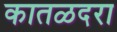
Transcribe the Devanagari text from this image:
कातळदरा